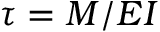
\tau = M / E I